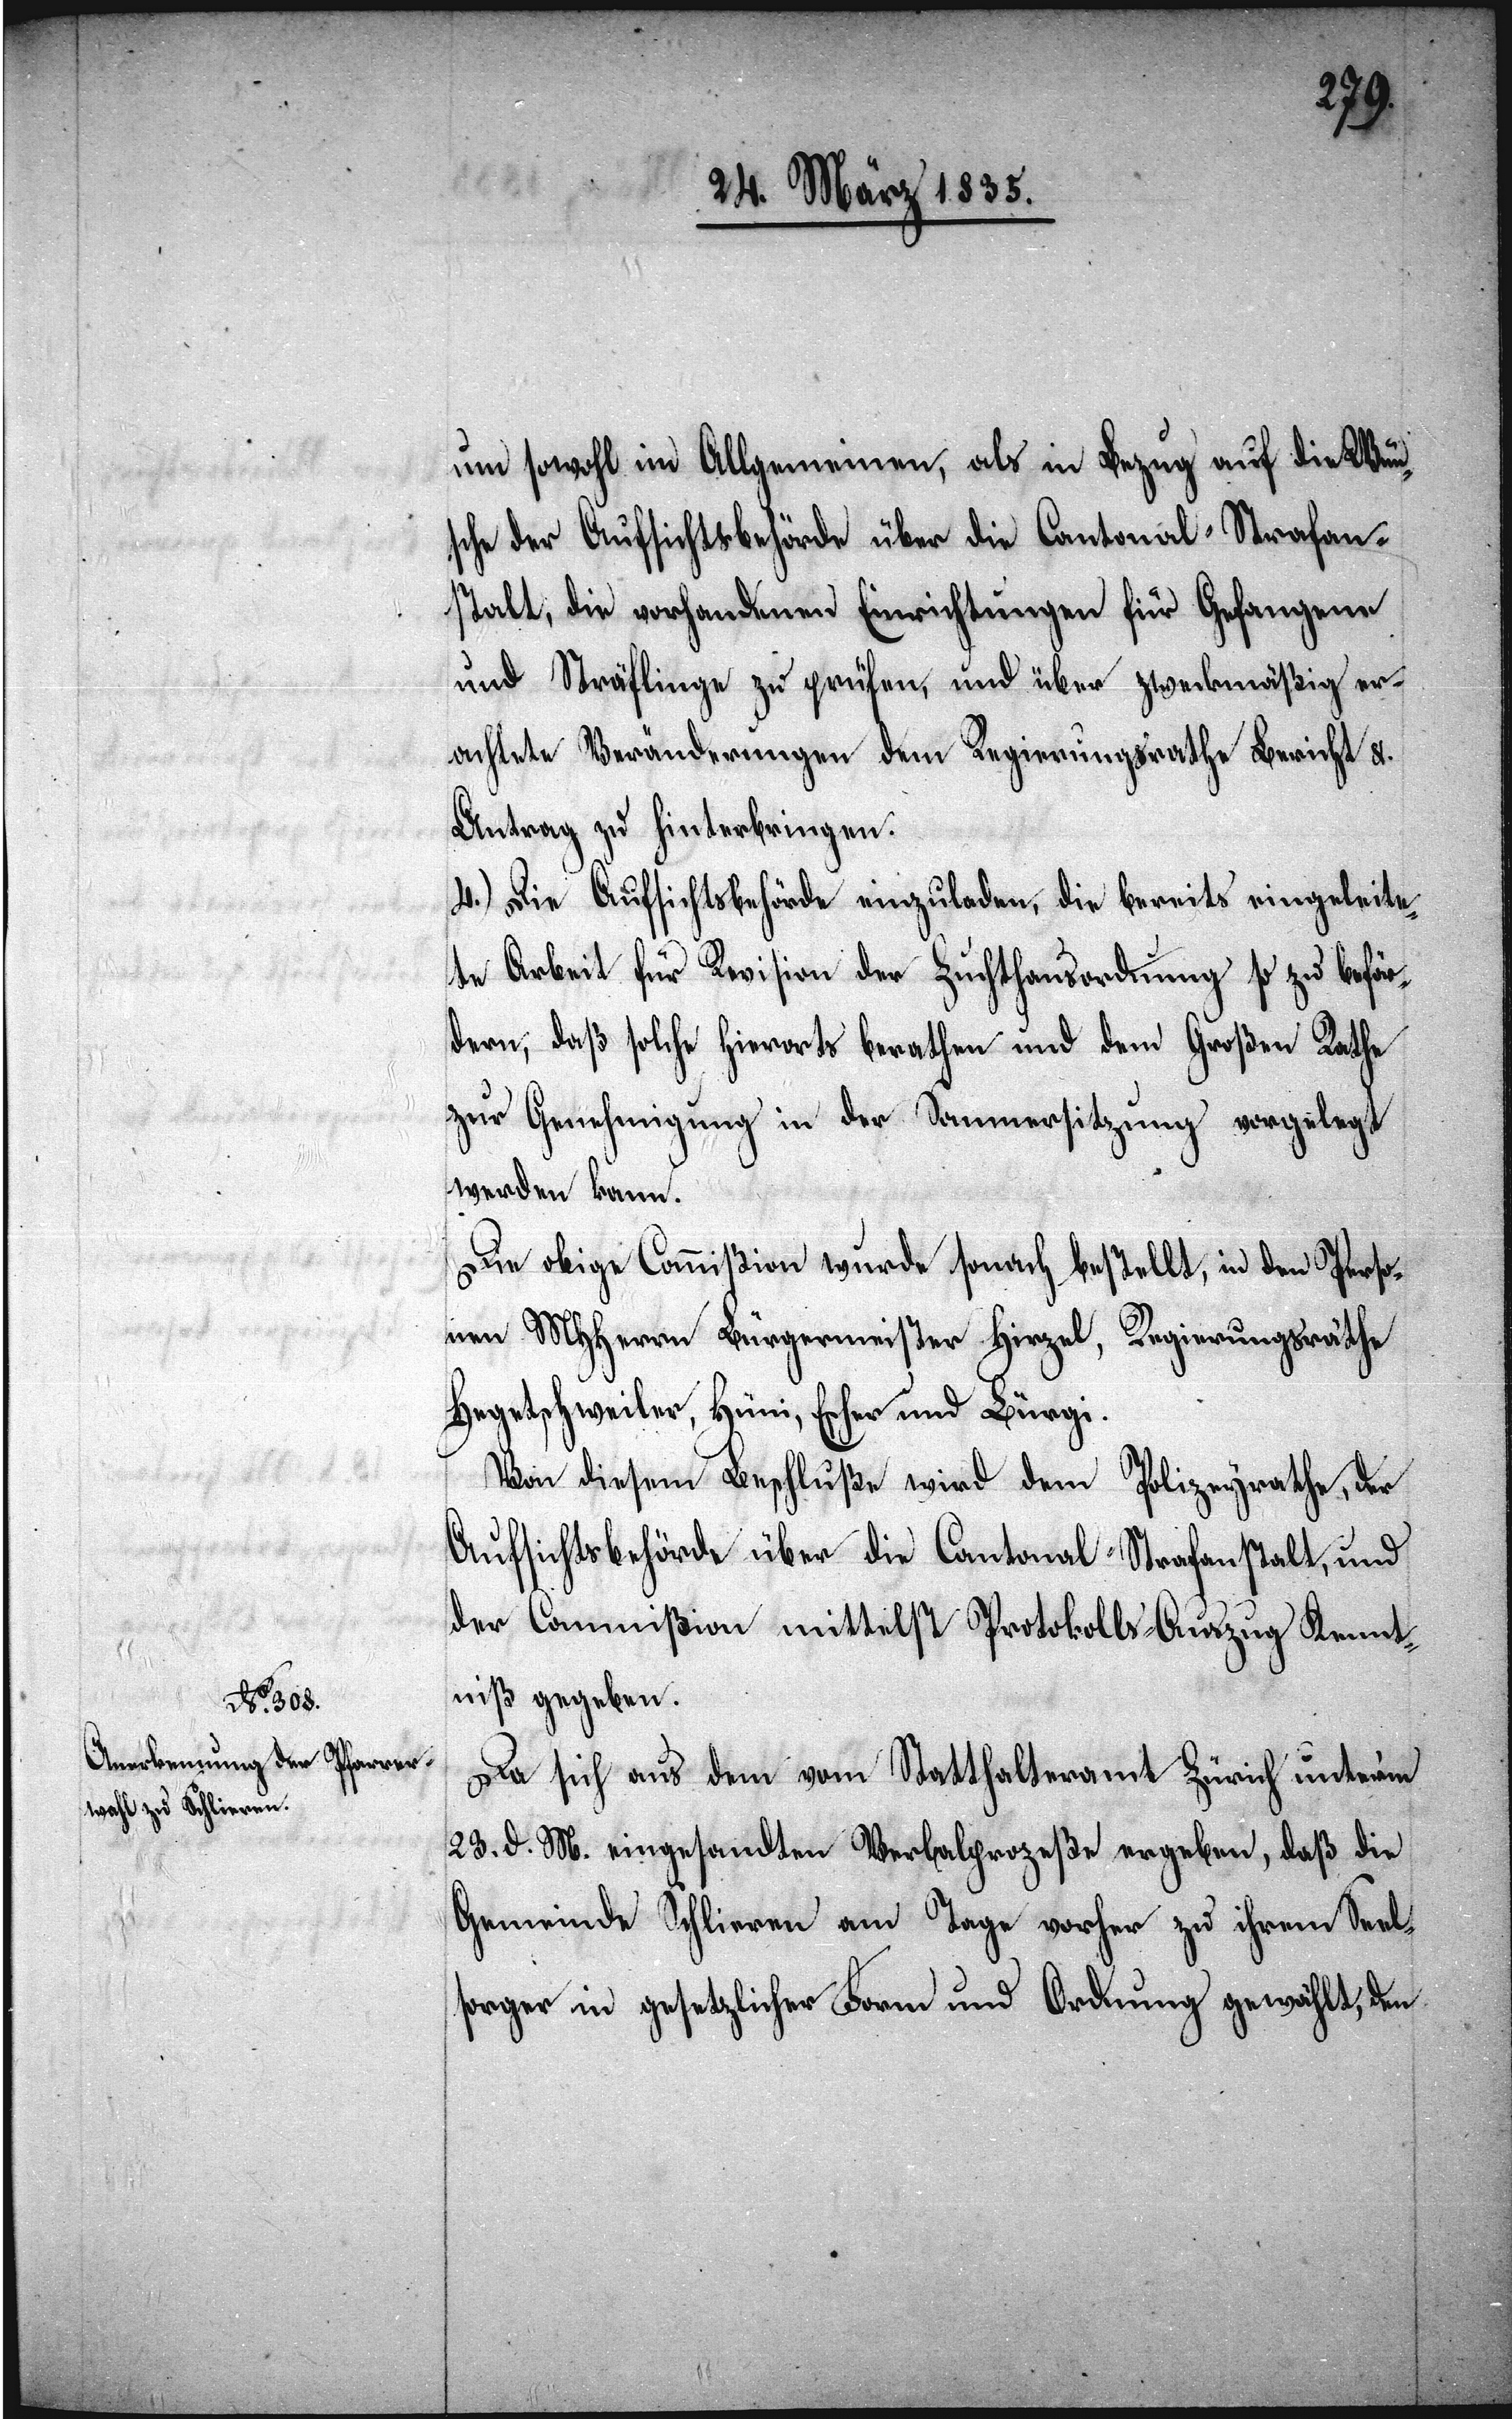
um sowohl im Allgemeinen, als in Bezug auf die Wün¬
sche der Aufsichtsbehörde über die Cantonal-Strafan¬
stalt, die vorhandenen Einrichtungen für Gefangene
und Sträflinge zu prüfen, und über zweckmäßig er¬
achtete Veränderungen dem Regierungsrathe Bericht &.
Antrag zu hinterbringen.
4.) Die Aufsichtsbehörde einzuladen, die bereits eingeleite¬
te Arbeit für Revision der Zuchthausordnung so zu beför¬
dern, daß solche hierorts berathen und dem Großen Rathe
zur Genehmigung in der Sommersitzung vorgelegt
werden kann.
Die obige Commißion wurde sonach bestellt, in den Perso¬
nen MHHerren Bürgermeister Hirzel, Regierungsräthe
Hegetschweiler, Hüni, Escher und Bürgi.
Von diesem Beschluße wird dem Polizeyrathe, der
Aufsichtsbehörde über die Cantonal-Strafanstalt, und
der Commißion mittelst Protokolls-Auszug Kennt¬
niß gegeben.
Da sich aus dem vom Statthalteramt Zürich unterm
23. d. M. eingesandten Verbalprozeße ergeben, daß die
Gemeinde Schlieren am Tage vorher zu ihrem Seel¬
sorger in gesetzlicher Form und Ordnung gewählt, den